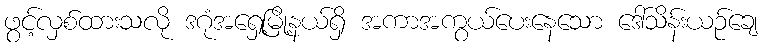
ဖွင့်လှစ်ထားသလို ဒဂုံအရှေ့မြို့နယ်ရှိ အကာအကွယ်ပေးနေသော ဒေါ်သိန်းယဉ်ချေ